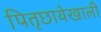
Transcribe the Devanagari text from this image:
पितृछायेखाली